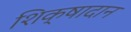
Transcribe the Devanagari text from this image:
शिक्षादान